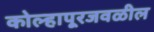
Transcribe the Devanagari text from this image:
कोल्हापूरजवळील